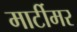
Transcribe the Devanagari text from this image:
मार्टीमर